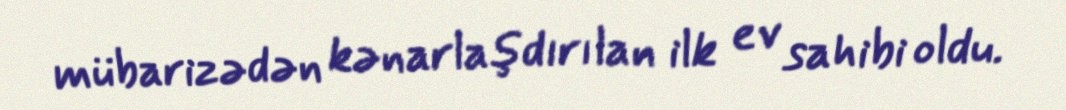
mübarizədən kənarlaşdırılan ilk ev sahibi oldu.